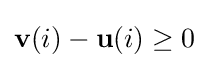
{\textbf {v}}(i)-{\textbf {u}}(i)\geq 0